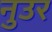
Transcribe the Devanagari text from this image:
नुउर